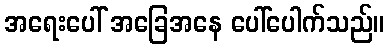
အရေးပေါ် အခြေအနေ ပေါ်ပေါက်သည်။